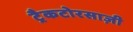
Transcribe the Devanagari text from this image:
ट्रैकटोरसाज़ी